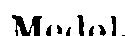
Medel-